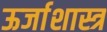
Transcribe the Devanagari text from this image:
ऊर्जाशास्त्र